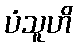
ပံသူဟိ